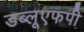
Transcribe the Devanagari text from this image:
डब्लूएफपी